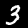
Label: 3